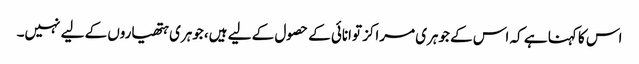
اس کا کہنا ہے کہ اس کے جوہری مراکز توانائی کے حصول کے لیے ہیں، جوہری ہتھیاروں کے لیے نہیں۔